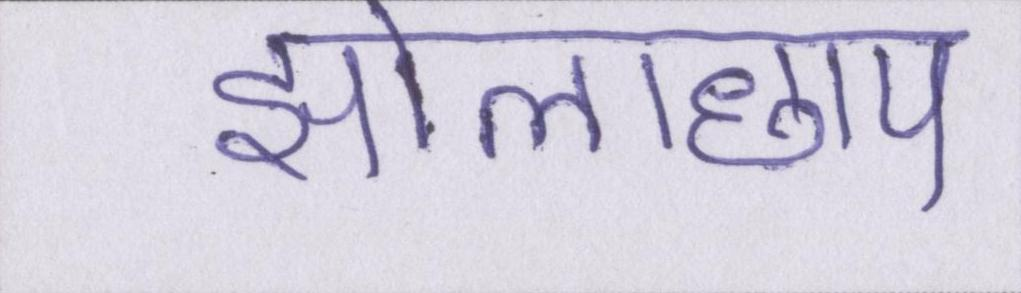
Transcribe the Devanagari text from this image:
झोलाछाप